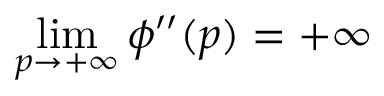
\operatorname* { l i m } _ { p \rightarrow + \infty } \phi ^ { \prime \prime } ( p ) = + \infty